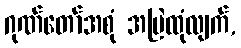
ဂုဏ်တော်အစုံ အမြဲထုံလျက်,